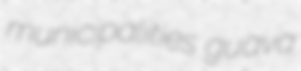
municipalities guava